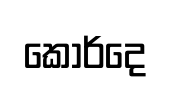
කොර්දෙ